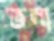
ভেনা